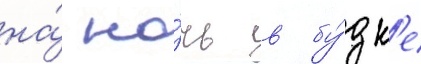
на́ но́чь в бу́дк'е